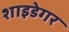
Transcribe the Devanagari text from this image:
शाइडेगर